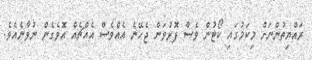
ރައްޔިތުންނަށް މިކަމުގައި ކޯޓުން ވެސް ފޮރުވަން ޖެހޭނެ އެއްވެސް އެއްޗެއް އޮވެގެން ނުވާނެއެވެ.